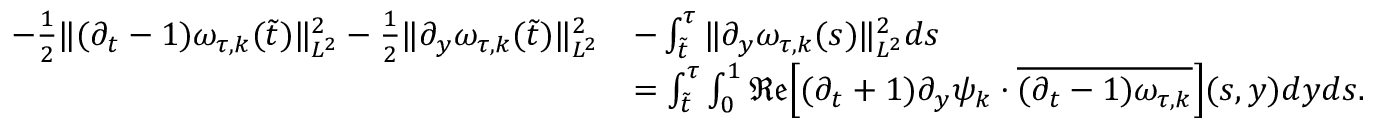
\begin{array} { r l } { - \frac { 1 } { 2 } \| ( \partial _ { t } - 1 ) \omega _ { \tau , k } ( \tilde { t } ) \| _ { L ^ { 2 } } ^ { 2 } - \frac { 1 } { 2 } \| \partial _ { y } \omega _ { \tau , k } ( \tilde { t } ) \| _ { L ^ { 2 } } ^ { 2 } } & { - \int _ { \tilde { t } } ^ { \tau } \| \partial _ { y } \omega _ { \tau , k } ( s ) \| _ { L ^ { 2 } } ^ { 2 } d s } \\ & { = \int _ { \tilde { t } } ^ { \tau } \int _ { 0 } ^ { 1 } { \mathfrak { R e } } \Big [ ( \partial _ { t } + 1 ) \partial _ { y } \psi _ { k } \cdot \overline { { ( \partial _ { t } - 1 ) \omega _ { \tau , k } } } \Big ] ( s , y ) d y d s . } \end{array}